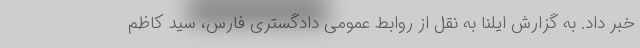
خبر داد. به گزارش ایلنا به نقل از روابط عمومی دادگستری فارس، سید کاظم